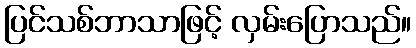
ပြင်သစ်ဘာသာဖြင့် လှမ်းပြောသည်။